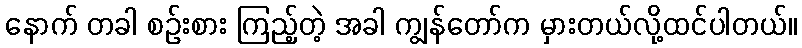
နောက် တခါ စဉ်းစား ကြည့်တဲ့ အခါ ကျွန်တော်က မှားတယ်လို့ထင်ပါတယ်။